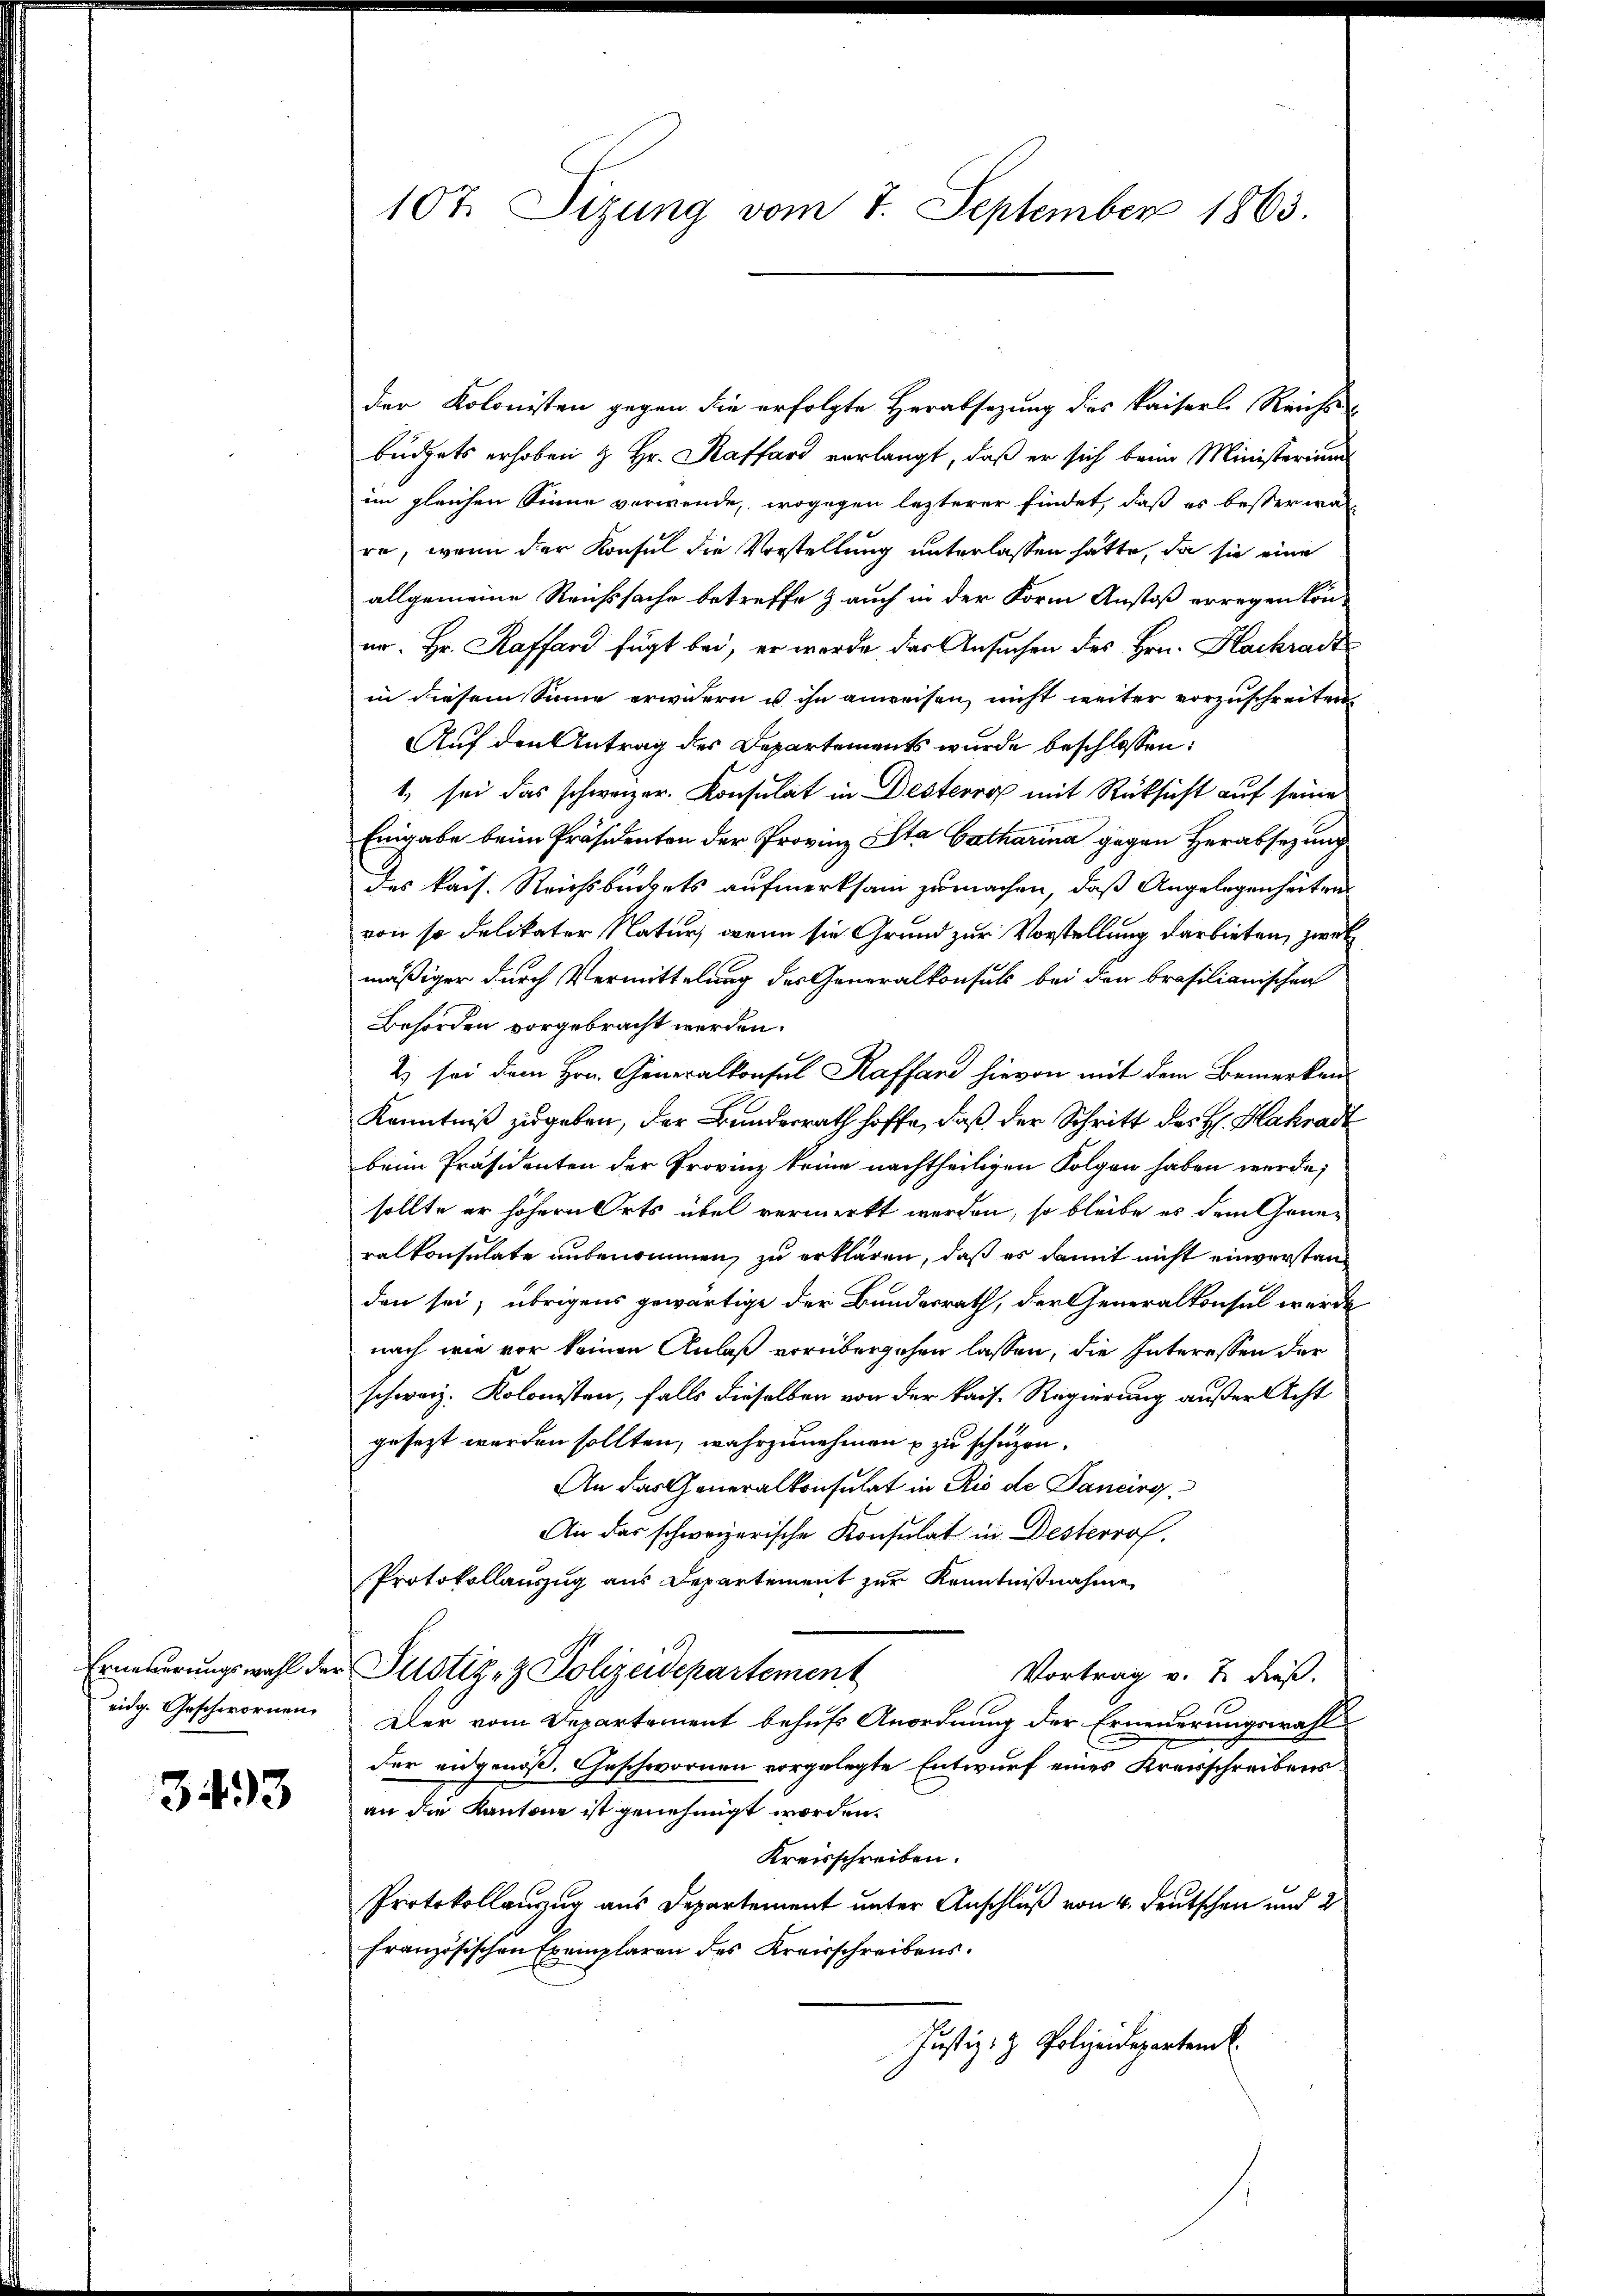
Erneuerungswahl der
eidg. Geschwornen.

3493

107. Sizung vom 7. September 1863.

der Kolonisten gegen die erfolgte Herabsetzung des Kaiserl. Reichs
büdgets erhoben & Hr. Raffard verlangt, daß er sich beim Ministerium
im gleichen Sinne verwende, wogegen lezterer findet, daß es besser war
re, wenn der Konsul die Vorstellung unterlassen hätte, da sie eine
allgemeine Reusssache betreffe & auch in der Form Anstoß erregen könur. Hr. Raffand fügt bei, er wurde der Ansuchen des Hrn. Hackradz
in diesem Sinne erwidern u ihn anweisen, nicht weiter vorzuschreiten
Auf den Antrag des Departements wurde beschlossen:
1. sei das schweizer. Konsulat in Desterro mit Rücksicht auf seine
Eingabe beim Präsidenten der Provinz Sta Catharina gegen Herabsezung
des kais. Reichsbüchets aufmerksam zu machen, daß Angelegenheiten
von so delikater Natur, wenn sie Grund zur Vorstellung darbieten, zweck
mäßiger durch Vermittelung des Generalkonsuls bei den brasilianischen
Behörden vorgebracht werden.
2 sei dem Hrn. Generalkonsul Kaffend hievon mit dem Bemerken
Kenntniß zugeben, der Bundesrath hoffe, daß der Schritt des H. Hakradt
beim Präsidenten der Provinz keine nachtheiligen Folgen haben werde;
sollte er höhern Orts übel vermerkt werden, so bleibe es dem Grunralkonsulate unbenommen, zu erklären, daß es damit nicht einversten
den sei, übrigens gewärtige der Bundesrath, der Generalkonsul werde
nach wie vor keinen Anlaß vorübergehen lassen, die Interessen der
schweiz. Kolonisten, falls dieselben von der kais. Regierung außer Acht
gesezt werden sollten, wahrzunehmen u zu schuzen.
An das Generalkonsulat in Rio de Dancirg,
An das schweizerische Konsulat in Desterrof.
Protokollauszug aus Departement zur Kenntnißnahme
Justiz- & Polizeidepartement
Vortrag v. 7. dieß.
Der vom Departement behufs Anordnung der Erneuerungswahl
der eidgenoß. Geschwornen vorgelegte Entwurf eines Kreisschreibensan die Kantone ist genehmigt worden.
Kreisschreiben.
Protokollauszug aus Departement unter Anschluß von 4. Deutschen und 2
französischen Exemplaren des Kreisschreibens.
Justiz- & Polizeidepartem